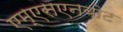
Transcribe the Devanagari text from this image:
एम्एसएनबोट